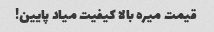
قیمت میره بالا کیفیت میاد پایین!